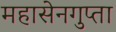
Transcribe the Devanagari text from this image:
महासेनगुप्ता